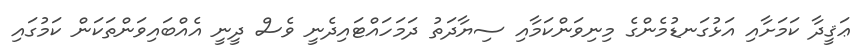
ޢަޤީދާ ކަމަށާއި އަޅުގަނޑުމެންގެ މިނިވަންކަމާއި ސިޔާދަތު ދަމަހައްޓައިދެނީ ވެސް ދީނީ އެއްބައިވަންތަކަން ކަމުގައި